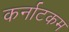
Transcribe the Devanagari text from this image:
कर्नाटकम